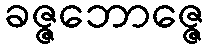
ခဇ္ဇဘောဇ္ဇေ